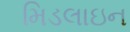
મિડલાઇન